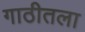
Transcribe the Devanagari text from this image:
गाठीतला